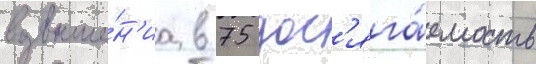
возвыше́н'иа в 75 дос'яга́емость